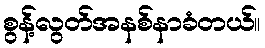
စွန့်လွတ်အနစ်နာခံတယ်။